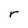
Character: r